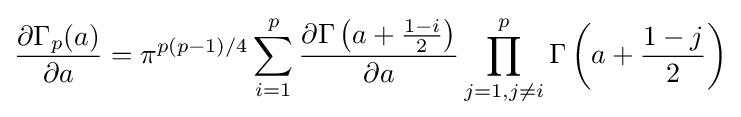
{\frac {\partial \Gamma _{p}(a)}{\partial a}}=\pi ^{p(p-1)/4}\sum _{i=1}^{p}{\frac {\partial \Gamma \left(a+{\frac {1-i}{2}}\right)}{\partial a}}\prod _{j=1,j\neq i}^{p}\Gamma \left(a+{\frac {1-j}{2}}\right)